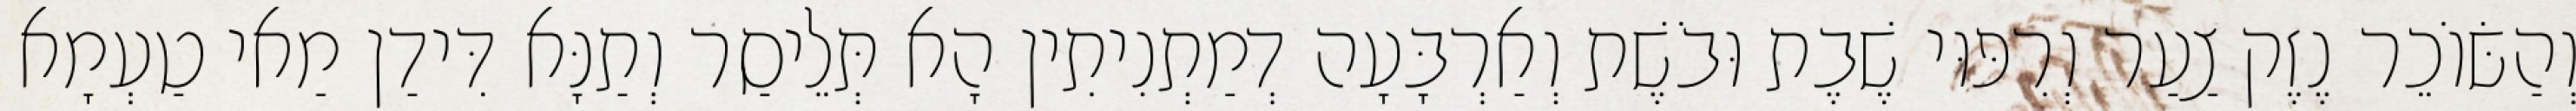
וְהַשּׂוֹכֵר נֶזֶק צַעַר וְרִפּוּי שֶׁבֶת וּבֹשֶׁת וְאַרְבָּעָה דְמַתְנִיתִין הָא תְּלֵיסַר וְתַנָּא דִּידַן מַאי טַעְמָא